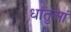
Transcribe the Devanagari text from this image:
धातुआं